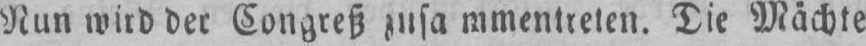
Nun wird der Congreß zusa mmentreten. Die Mächte